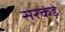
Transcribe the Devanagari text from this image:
सरकंड़े